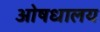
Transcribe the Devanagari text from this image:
ओषधालय